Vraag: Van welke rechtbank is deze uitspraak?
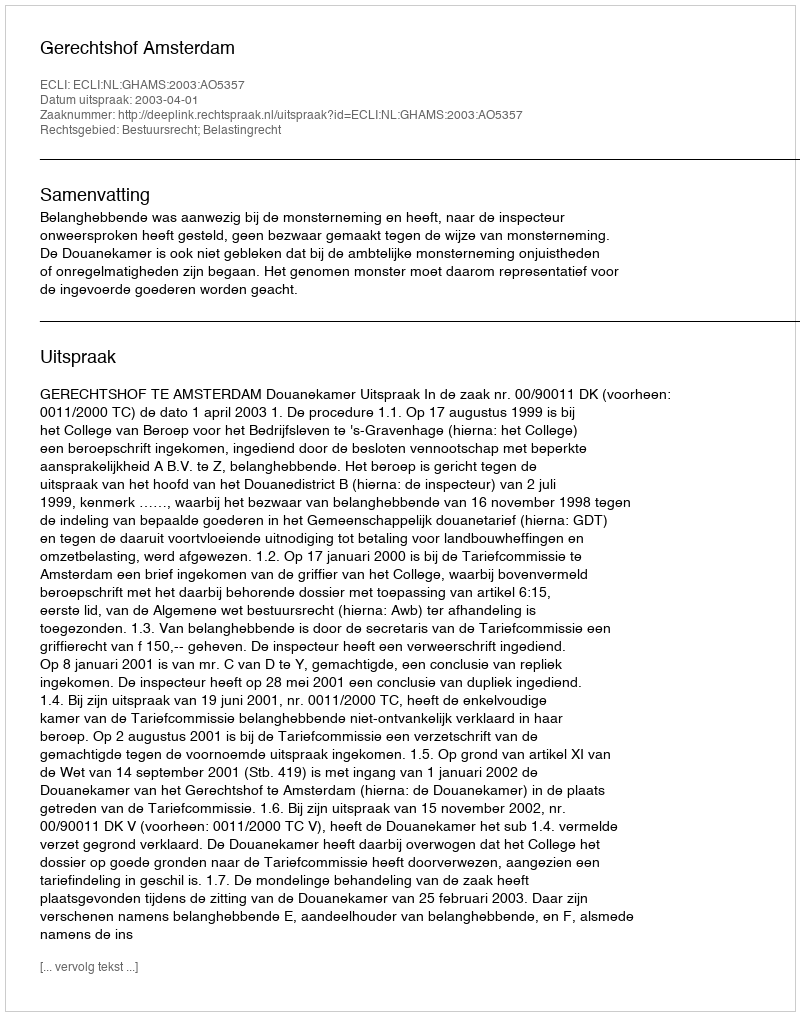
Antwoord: Gerechtshof Amsterdam